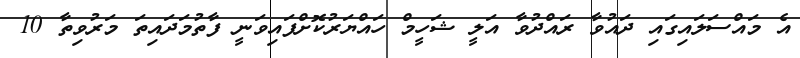
އެ މައްސަލައިގައި ދައުވާ ރައްދުވާ އަލީ ޝަހީމް ހައްޔަރުކޮށްފައިވަނީ ފާތުމަދައިތަ މަރުވިތާ 10